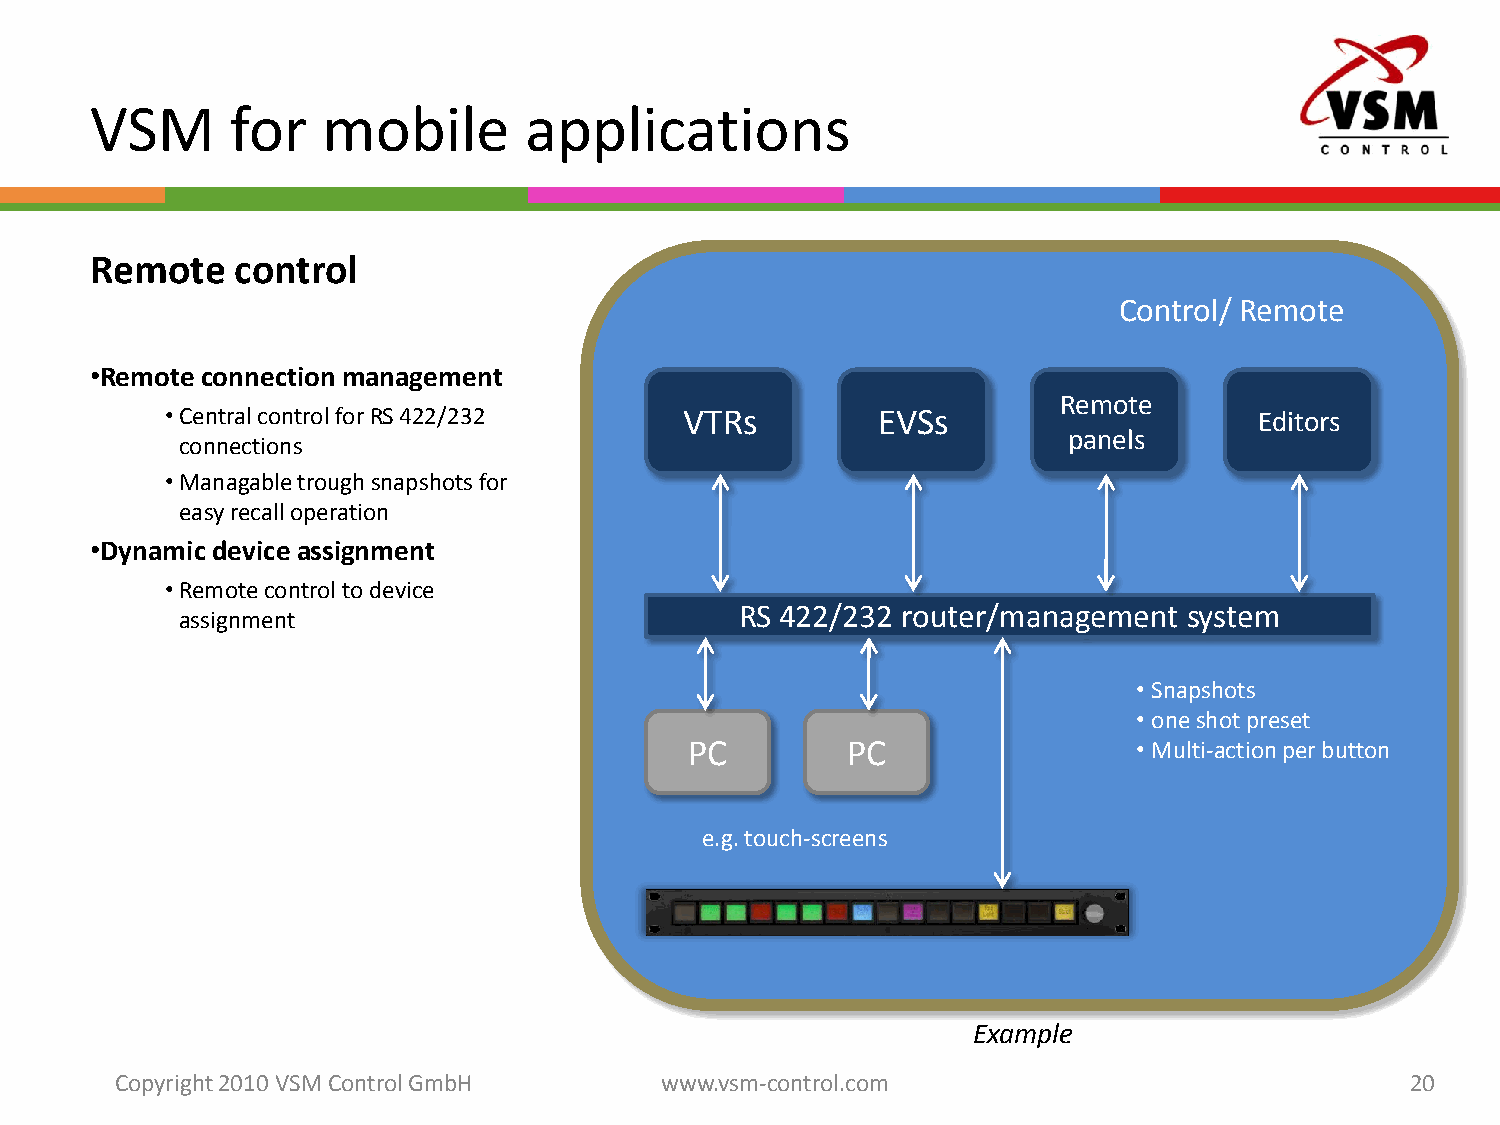
VSM      for   mobile        applications
 Remote    control
 Control/ Remote
 •Remote connectionmanagement
 Remote
 •Central controlforRS 422/232     VTRs         EVSs                     Editors
 panels
 connections
 •Managabletroughsnapshotsfor
 easy recalloperation
 •Dynamic device assignment
 •Remote controltodevice
 RS 422/232 router/management  system
 assignment
 •Snapshots
 •oneshotpreset
 PC        PC                 •Multi-actionper button
 e.g. touch-screens
 Example
 Copyright 2010 VSM ControlGmbH      www.vsm-control.com                              20